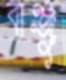
বাঞ্জু